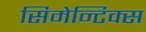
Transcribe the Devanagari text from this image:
सिमेन्टिक्स